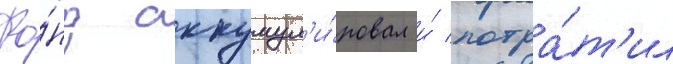
Фо́нд аккумул'и́ровал и́ потра́т'ил